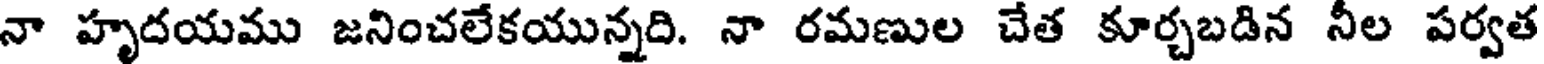
నా హృదయము జనించలేకయున్నది. నా రమణుల చేత కూర్చబడిన నీల పర్వత